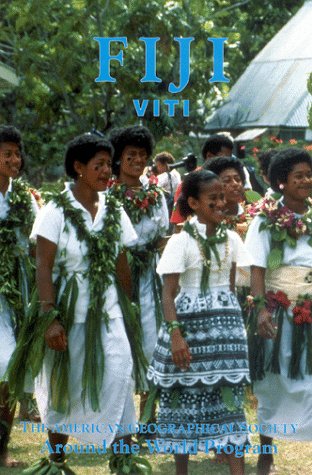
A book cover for Fiji: The America Geographical Society's Around the World (American Geographical Society Around the World Program); Richard Ulack; History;